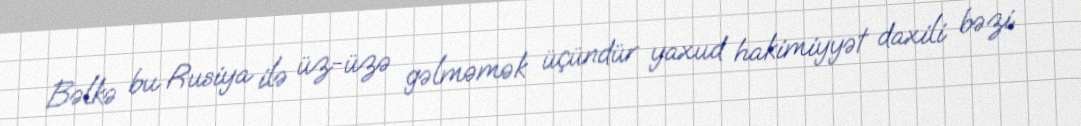
Bəlkə bu Rusiya ilə üz-üzə gəlməmək üçündür yaxud hakimiyyət daxili bəzi